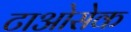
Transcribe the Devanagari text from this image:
टाओसेक